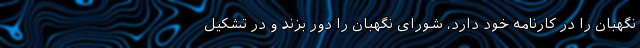
نگهبان را در کارنامه خود دارد، شورای نگهبان را دور بزند و در تشکیل